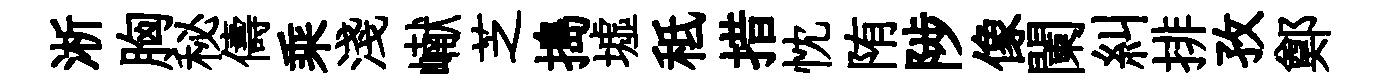
淅胸秘儔乘淺𪩘芝搗墟秪措忱陏陟像闌糾排孜鄭